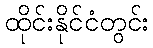
ထိုင်းနိုင်ငံတွင်း